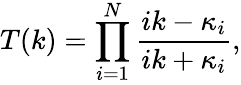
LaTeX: T(k)=\prod_{i=1}^{N}{\frac{ik-\kappa_{i}}{ik+\kappa_{i}}},